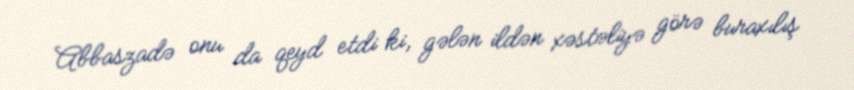
Abbaszadə onu da qeyd etdi ki, gələn ildən xəstəliyə görə buraxılış